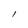
Character: l